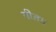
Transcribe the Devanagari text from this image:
गीत॥